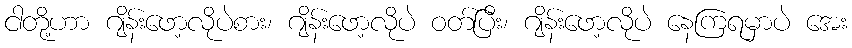
ငါတို့ဟာ ဂျိန်းဖော့လိုပဲစား၊ ဂျိန်းဖော့လိုပဲ ဝတ်ပြီး၊ ဂျိန်းဖော့လိုပဲ နေကြရမှာပဲ အေး